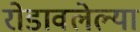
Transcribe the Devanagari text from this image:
रोडावलेल्या